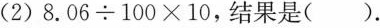
(2)8.06÷100×10，结果是().